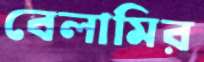
বেলামির